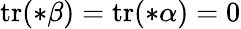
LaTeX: \mathrm{tr}(\ast\beta)=\mathrm{tr}(\ast\alpha)=0